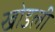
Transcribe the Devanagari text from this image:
खोडली